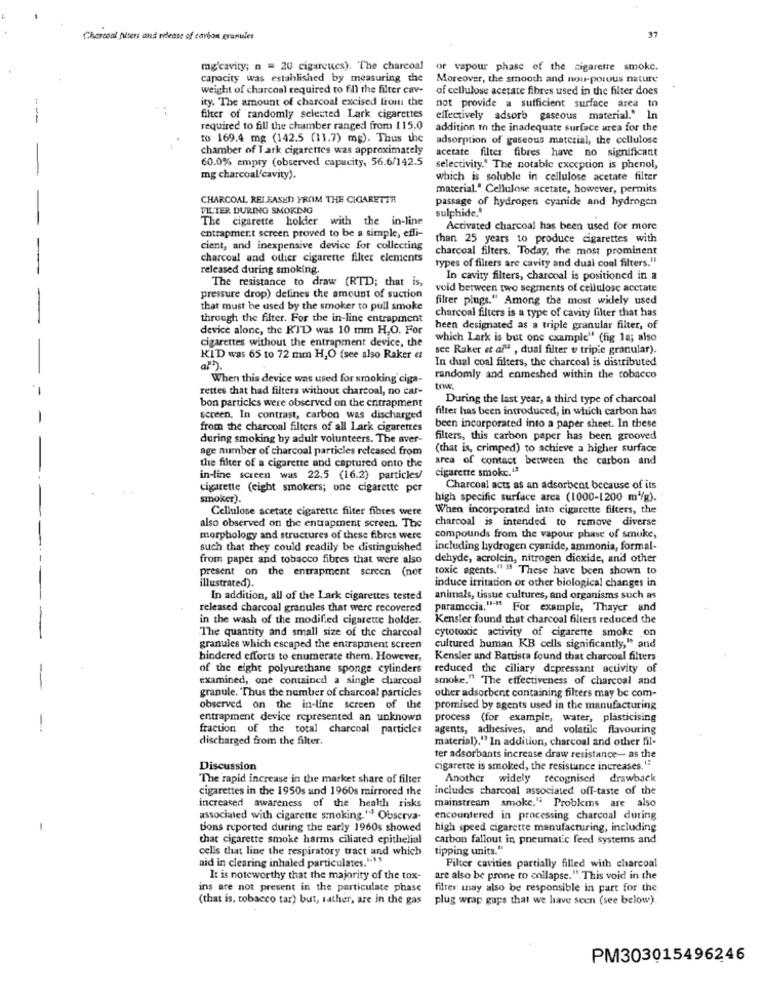
Charcoal fiters and release of carbon granules
37
mg'cavity; n = 20 cigarcucs). The charcoal
of vapour phase of the cigarette smoke.
capacity was established by measuring the
Moreover, the smooth and non-porous nature
weight of charcoal required to fill the filter cav-
of cellulose acetate fibres used in the filter does
ity. The amount of charcoal excised from the
not provide a sufficient surface area to
--
filter of randomly selected Lark cigarettes
effectively adsorb gaseous material." In
required to fill the chamber ranged from 115.0
addition to the inadequate surface area for the
to 169.4 mg (142.5 (11.7) mg). Thus the
adsorption of gaseous material, the cellulose
chamber of Tark cigarettes was approximately
acetate filter fibres have no significant
60.0% empry (observed capacity, 56.6/142.5
selectivity." The notable exception is phenol,
mg charcoal'cavity).
which is soluble in cellulose acetate filter
material." Cellulose acetate, however, permits
CHARCOAL RELEASED FROM THE CIGARETTR
passage of hydrogen cyanide and hydrogen
FILTER DURING SMOKING
sulphide,'
The cigarette holder with the in-line
entrapment screen proved to be a simple, effi-
Activated charcoal has been used for more
than 25 years to produce cigarettes with
cient, and inexpensive device for collecting
charcoal filters. Today, the most prominent
charcoal and other cigarette filter elements
types of filters are cavity and dual coal filters."
released during smoking.
The resistance to draw (RTD; that is,
In cavity filters, charcoal is positioned in a
void between two segments of cellulose acetate
pressure drop) defines the amount of suction
filter plugs." Among the most widely used
that must be used by the smoker to pull smoke
charcoal filters is a type of cavity filter that has
through the filter. For the in-line entrapment
device alone, the RTD was 10 mm H,O. For
heen designated as a triple granular filter, of
cigarettes without the entrapment device, the
which Lark is but one cxample" (fig la; also
see Raker et af" , dual filter v tripie granular).
KID was 65 to 72 mm H,O (see also Raker et
In dual coal filters, the charcoal is distributed
When this device was used for smoking ciga-
randomly and enmeshed within the tobacco
rettes that had filters without charcoal, no car-
bon particles were observed on the entrapment
During the last year, a third type of charcoal
filter has been introduced, in which carbon has
screen. In contrast, carbon was discharged
from the charcoal filters of all Lark cigarettes
been incorporated into a paper sheet. In these
during smoking by adult volunteers. The aver-
filters, this carbon paper has been grooved
age number of charcoal particles released from
(that is, crimped) to achieve a higher surface
area of contact between the carbon and
the filter of a cigarette and captured onto the
cigarette smoke.43
in-line screen was 22.5 (16.2) particles/
cigarette (eight smokers; one cigarette per
Charcoal acts as an adsorbent because of its
smoker).
high specific surface area (1000-[200 m'/g). "
Cellulose acetate cigarette filter fibres were
When incorporated into cigarette filters, the
charcoal is intended to remove diverse
also observed on the entrapment screen. The
morphology and structures of these fibres were
compounds from the vapour phase of smoke,
such that they could readily be distinguished
including hydrogen cyanide, ammonia, formal-
from paper and tobacco fibres that were also
dehyde, acrolein, nitrogen dioxide, and other
present on the entrapment screen (not
toxic agents." 15 These have been shown to
illustrated).
induce irritation or other biological changes in
In addition, all of the Lark cigarettes tested
animals, tissue cultures, and organisms such as
released charcoal granules that were recovered
paramccia."" For example, Thayer and
in the wash of the modified cigarette holder.
Kensier found that charcoal filters reduced the
The quantity and small size of the charcoal
cytotoxic activity of cigarette smoke on
granules which escaped the entrapment screen
cultured human KB cells significantly," and
hindered efforts to enumerate them. However,
Kensler and Battista found that charcoal filters
of the eight polyurethane sponge cylinders
reduced the ciliary depressant activity of
examined, one contained a single charcoal
smoke," The effectiveness of charcoal and
granule. Thus the number of charcoal particles
other adsorbent containing filters may be com-
observed on the in-line screen of the
promised by agents used in the manufacturing
entrapment device represented an unknown
process (for example, water, plasticising
fraction of the total charcoal particles
agents, adhesives, and volatile flavouring
discharged from the filter.
material)." In addition, charcoal and other fil-
ter adsorbants increase draw resistance- as the
Discussion
cigarette is smoked, the resistance increases,"
The rapid increase in the market share of filter
Another widely recognised drawback
cigarettes in the 1950s and 1960s mirrored the
includes charcoal associated off-taste of the
increased awareness of the health risks
mainstream smoke." Problems are also
associated with cigarette smoking " Observa-
encountered in processing charcoal during
tions reported during the early 1960s showed
high speed cigarette manufacturing, including
that cigarette smoke harms ciliated epithelial
carbon fallout in pneumatic feed systems and
cells that line the respiratory tract und which
tipping units."
aid in clearing inhaled particulates.1.1 1
Filter cavities partially filled with charcoal
It is noteworthy that the majority of the tox-
are also be prone to collapse." This void in the
ins are not present in the particulate phase
filter inay also be responsible in part for the
(that is, tobacco tar) but, rather, are in the gas
plug wrap gaps that we have seen (see below)
PM303015496246